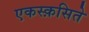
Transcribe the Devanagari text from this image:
एकस्क़सिते